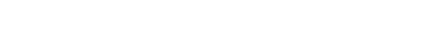
အလုပ်လုပ်နေကြရတဲ့သူတွေထဲမှာ ပစ္စည်းပို့သမားတွေလည်း အပါအဝင်ပါပဲ။